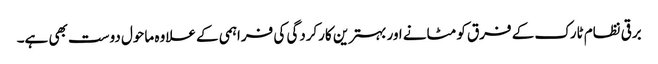
برقی نظام ٹارک کے فرق کو مٹانے اور بہترین کارکردگی کی فراہمی کے علاوہ ماحول دوست بھی ہے۔